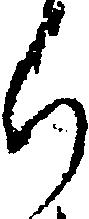
ち